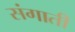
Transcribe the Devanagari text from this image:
संगाती